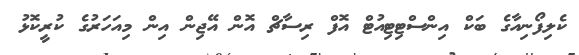
ކެލިފޯނިއާގެ ބަކް އިންސްޓިޓިއުޓް އޮފް ރިސާޗް އޮން އޭޖިން އިން މިއަހަރުގެ ކުރީކޮޅު